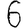
Digit: 6